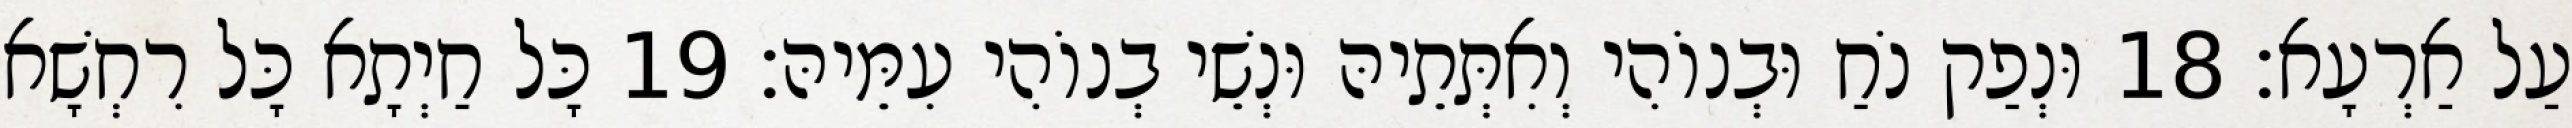
עַל אַרְעָא׃ 18 וּנְפַק נֹחַ וּבְנוֹהִי וְאִתְּתֵיהּ וּנְשֵׁי בְנוֹהִי עִמֵּיהּ׃ 19 כָּל חַיְתָא כָּל רִחְשָׁא